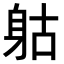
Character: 𨈰